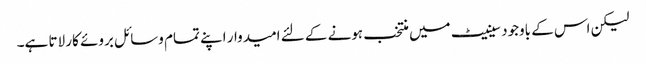
لیکن اس کے باوجود سینیٹ میں منتخب ہونے کے لئے امیدوار اپنے تمام وسائل بروئے کار لاتا ہے۔